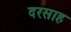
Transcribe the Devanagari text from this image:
दरसाह